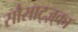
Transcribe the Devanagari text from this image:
सौसाट्ज़्का